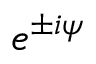
e ^ { \pm i \psi }